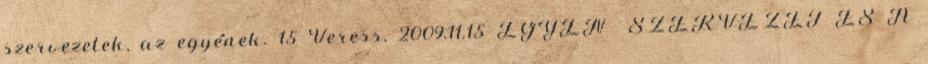
szervezetek, az egyének. 15 Veress, 2009.11.15 EGYÉN SZERVEZET ÉS A